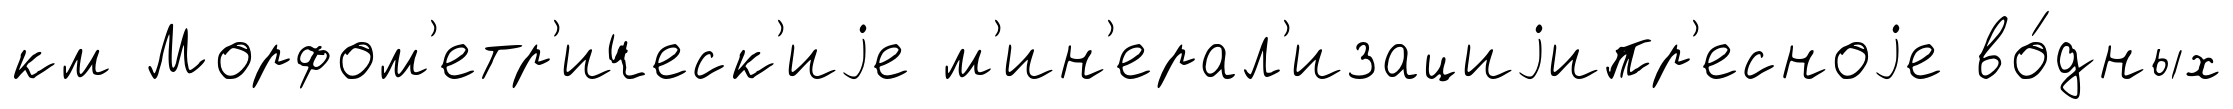
км Морфом'етр'ическ'иjе м'ин'ерал'изациjипр'есноjе во́дных